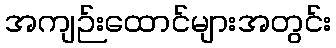
အကျဉ်းထောင်များအတွင်း